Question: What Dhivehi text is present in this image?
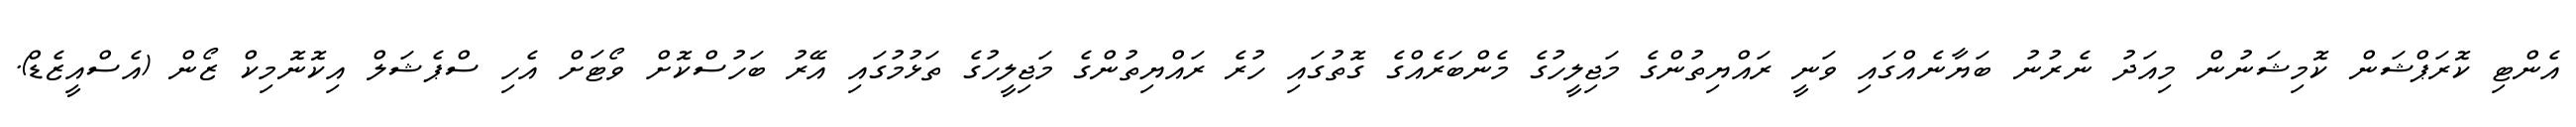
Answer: އެންޓި ކޮރަޕްޝަން ކޮމިޝަނުން މިއަދު ނެރުނު ބަޔާނެއްގައި ވަނީ ރައްޔިތުންގެ މަޖިލީހުގެ މެންބަރެއްގެ ގޮތުގައި ހުރެ ރައްޔިތުންގެ މަޖިލީހުގެ ތަޅުމުގައި އޭރު ބަހުސްކޮށް ވޯޓަށް އެހި ސްޕެޝަލް އިކޮނޮމިކް ޒޯން (އެސްއީޒެޑް).